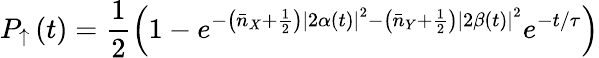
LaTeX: P_{\uparrow}\left(t\right)=\frac{1}{2}\left(1-e^{-\left({\bar{n}}_{X}+\frac{1}{2}\right)\left|2\alpha\left(t\right)\right|^{2}-\left({\bar{n}}_{Y}+\frac{1}{2}\right)\left|2\beta\left(t\right)\right|^{2}}e^{-t/\tau}\right)